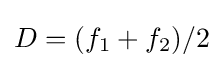
D=(f_{1}+f_{2})/2